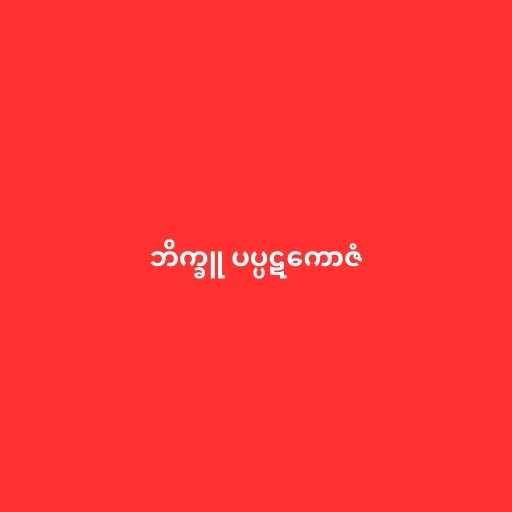
ဘိက္ခူ ပပ္ပဋကောဇံ